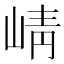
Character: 崝